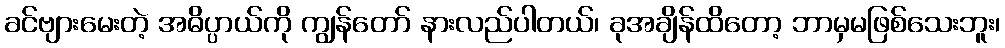
ခင်ဗျားမေးတဲ့ အဓိပ္ပာယ်ကို ကျွန်တော် နားလည်ပါတယ်၊ ခုအချိန်ထိတော့ ဘာမှမဖြစ်သေးဘူး၊